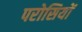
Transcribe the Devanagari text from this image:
परोसियों